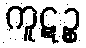
ကူဋဉ္စ